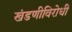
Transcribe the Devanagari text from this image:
खंडणीविरोधी